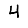
Digit: 4